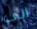
الى